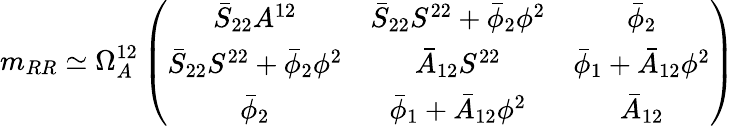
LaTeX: m_{RR}\simeq\Omega_{A}^{12}\left(\begin{array}{ccc}{{\bar{S}_{22}A^{12}}}&{{\bar{S}_{22}S^{22}+\bar{\phi}_{2}\phi^{2}}}&{{\bar{\phi}_{2}}}\\ {{\bar{S}_{22}S^{22}+\bar{\phi}_{2}\phi^{2}}}&{{\bar{A}_{12}S^{22}}}&{{\bar{\phi}_{1}+\bar{A}_{12}\phi^{2}}}\\ {{\bar{\phi}_{2}}}&{{\bar{\phi}_{1}+\bar{A}_{12}\phi^{2}}}&{{\bar{A}_{12}}}\end{array}\right)